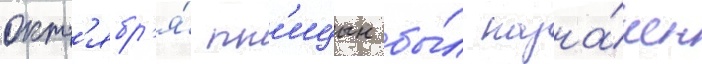
окт'ябр'я́ пт'ицын бы́л назна́чен